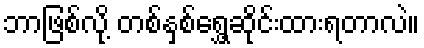
ဘာဖြစ်လို့ တစ်နှစ်ရွှေ့ဆိုင်းထားရတာလဲ။